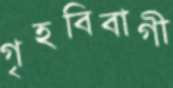
গৃহবিবাগী